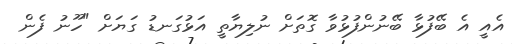
އެއީ އެ ބޭފުޅާ ބޭނުންފުޅުވާ ގޮތަށް ނުލިޔާތީ އަޅުގަނޑު ގަޔަށް "ހޫނު ފެން